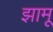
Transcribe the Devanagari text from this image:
झामू